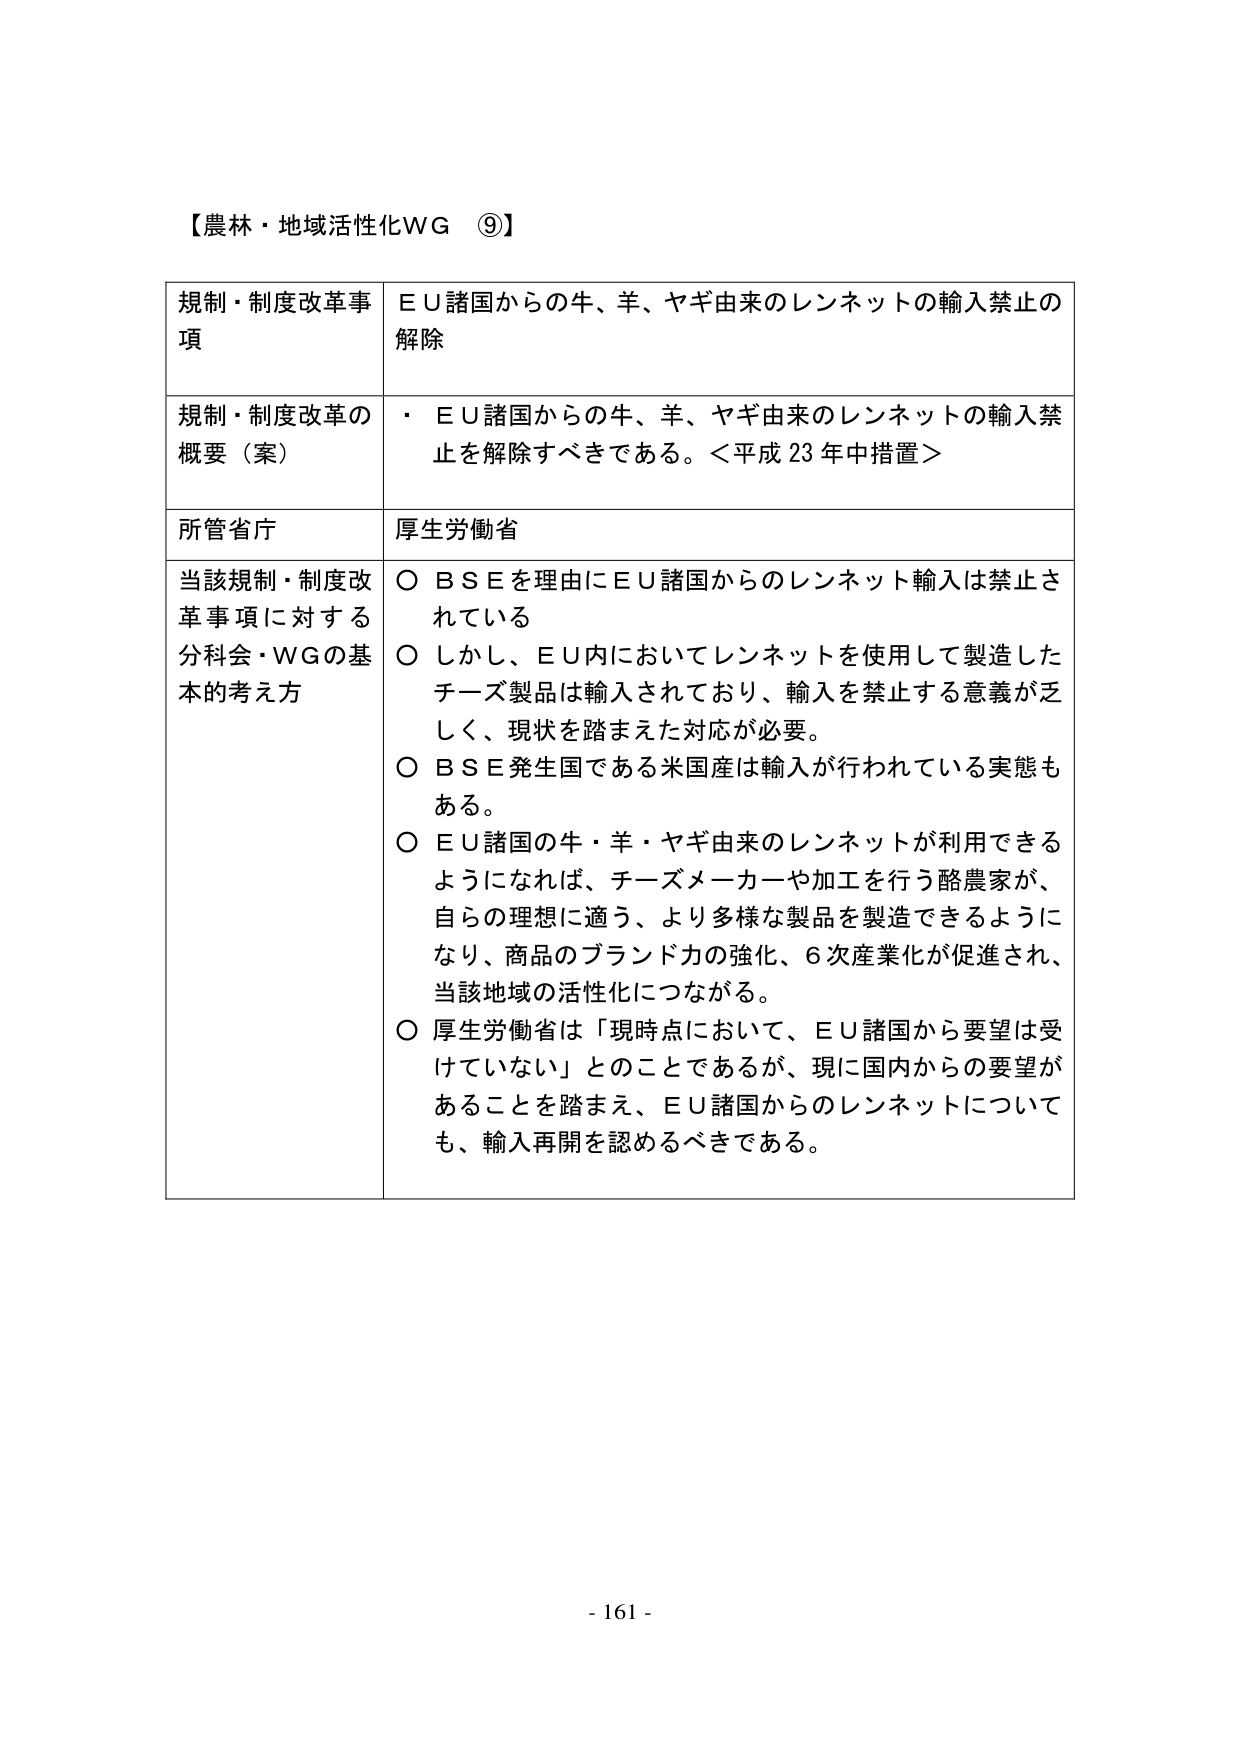
【農林・地域活性化ＷＧ　⑨】

規制・制度改革事項　ＥＵ諸国からの牛、羊、ヤギ由来のレンネットの輸入禁止の解除

規制・制度改革の概要（案）　・ＥＵ諸国からの牛、羊、ヤギ由来のレンネットの輸入禁止を解除すべきである。＜平成23年中措置＞

所管省庁　厚生労働省

当該規制・制度改革事項に対する分科会・ＷＧの基本的考え方　○ＢＳＥを理由にＥＵ諸国からのレンネット輸入は禁止されている
○しかし、ＥＵ内においてレンネットを使用して製造したチーズ製品は輸入されており、輸入を禁止する意義が乏しく、現状を踏まえた対応が必要。
○ＢＳＥ発生国である米国産は輸入が行われている実態もある。
○ＥＵ諸国の牛・羊・ヤギ由来のレンネットが利用できるようになれば、チーズメーカーや加工を行う酪農家が、自らの理想に適う、より多様な製品を製造できるようになり、商品のブランド力の強化、６次産業化が促進され、当該地域の活性化につながる。
○厚生労働省は「現時点において、ＥＵ諸国から要望は受けていない」とのことであるが、現に国内からの要望があることを踏まえ、ＥＵ諸国からのレンネットについても、輸入再開を認めるべきである。

- 161 -